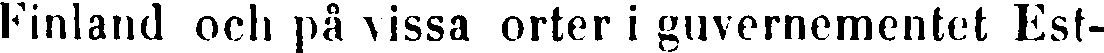
Finland och på vissa orter i guvernementet Est-